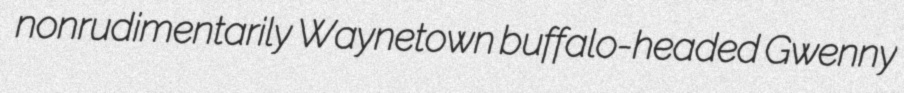
nonrudimentarily Waynetown buffalo-headed Gwenny